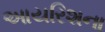
આયરિશના